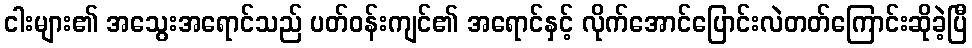
ငါးများ၏ အသွေးအရောင်သည် ပတ်ဝန်းကျင်၏ အရောင်နှင့် လိုက်အောင်ပြောင်းလဲတတ်ကြောင်းဆိုခဲ့ပြီ